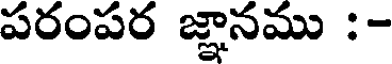
పరంపర జ్ఞానము :-